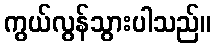
ကွယ်လွန်သွားပါသည်။